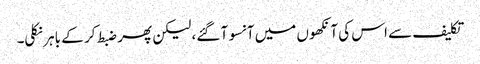
تکلیف سے اس کی آنکھوں میں آنسو آ گئے، لیکن پھر ضبط کر کے باہر نکلی۔